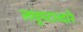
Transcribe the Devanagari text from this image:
लघुपटाव्दारे